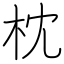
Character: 枕